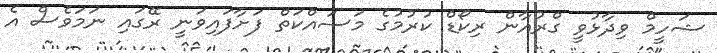
ޝަހީމް ވިދާޅުވީ ގްރުއާން ރިކޯޑް ކުރުމުގެ މަސައްކަތް ފަށާފައިވަނީ ރޭގައި ނަމަވެސް އެ